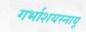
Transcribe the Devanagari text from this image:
गर्भाशयस्नायू